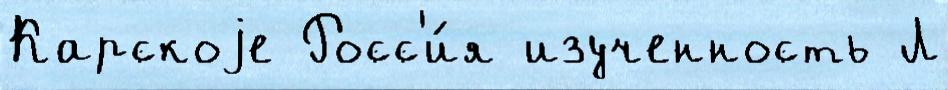
Карскоjе Росс'и́я изученность Л